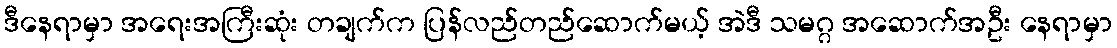
ဒီနေရာမှာ အရေးအကြီးဆုံး တချက်က ပြန်လည်တည်ဆောက်မယ့် အဲဒီ သမဂ္ဂ အဆောက်အဦး နေရာမှာ